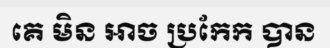
គេ មិន អាច ប្រកែក បាន